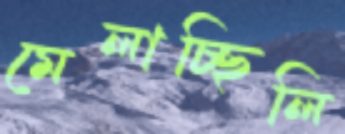
মেলাচ্ছিলি